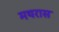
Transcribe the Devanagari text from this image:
मथरास